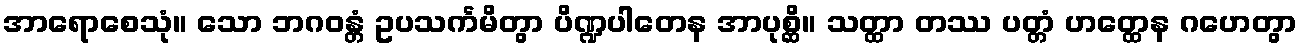
အာရောစေသုံ။ သော ဘဂဝန္တံ ဥပသင်္ကမိတွာ ပိဏ္ဍပါတေန အာပုစ္ဆိ။ သတ္ထာ တဿ ပတ္တံ ဟတ္ထေန ဂဟေတွာ